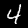
Label: 4